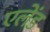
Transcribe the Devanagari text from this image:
एलेंड